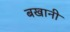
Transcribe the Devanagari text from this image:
बखानी